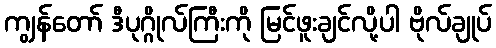
ကျွန်တော် ဒီပုဂ္ဂိုလ်ကြီးကို မြင်ဖူးချင်လို့ပါ ဗိုလ်ချုပ်